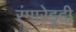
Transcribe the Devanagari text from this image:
रंगारेड्‍डी